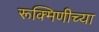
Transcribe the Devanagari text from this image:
रूक्मिणीच्या